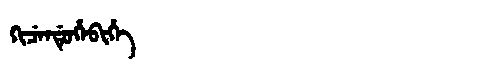
Manchu: ᡴᡳᠴᡝᠨᡩᡠᡥᡝᠪᡳᡥᡝ
Romanization: KICENDUHEBIHE